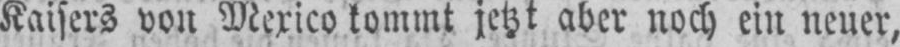
Kaisers von Mexico kommt jetzt aber noch ein neuer,